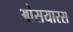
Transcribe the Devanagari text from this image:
ओसयारस